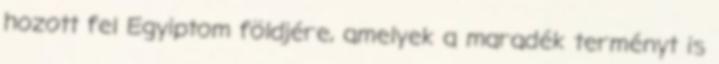
hozott fel Egyiptom földjére, amelyek a maradék terményt is